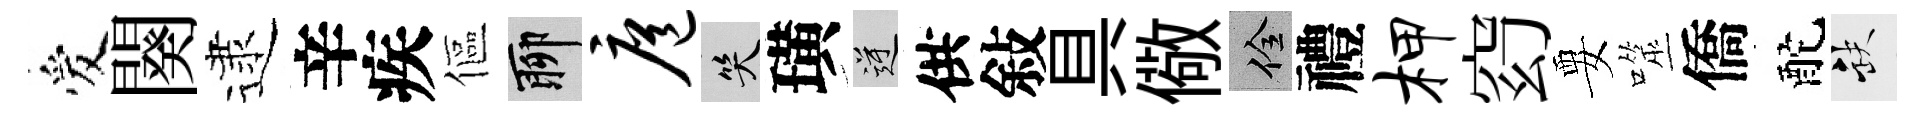
爱闋逮辛疾傴聊扈笑璜逆供敍具儆佺禮柙𥥆要噬僑酡缺